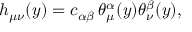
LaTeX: h _ { \mu \nu } ( y ) = c _ { \alpha \beta } \, \theta _ { \mu } ^ { \alpha } ( y ) \theta _ { \nu } ^ { \beta } ( y ) ,